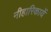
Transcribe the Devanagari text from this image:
नीहारिकायें